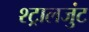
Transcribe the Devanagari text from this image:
श्ट्रालजुंट